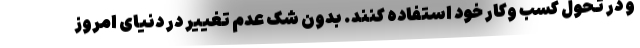
و در تحول کسب وکار خود استفاده کنند. بدون شک عدم تغییر در دنیای امروز